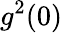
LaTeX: g^{2}(0)